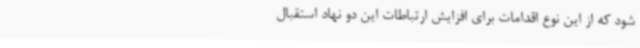
شود که از این نوع اقدامات برای افزایش ارتباطات این دو نهاد استقبال